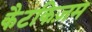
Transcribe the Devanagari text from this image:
कैटकिज़म